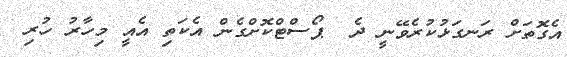
އެގޮތަށް ރަނގަޅުކުރެވޭނީ ދެ  ޕޯސްޓްކޮށްގެން އެކަތި އެއީ މިހާރު ހުރި